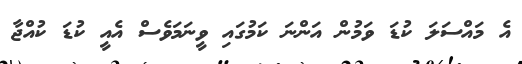
އެ މައްސަލަ ކުޑަ ވަމުން އަންނަ ކަމުގައި ވީނަމަވެސް އެއީ ކުޑަ ކުއްޖާ